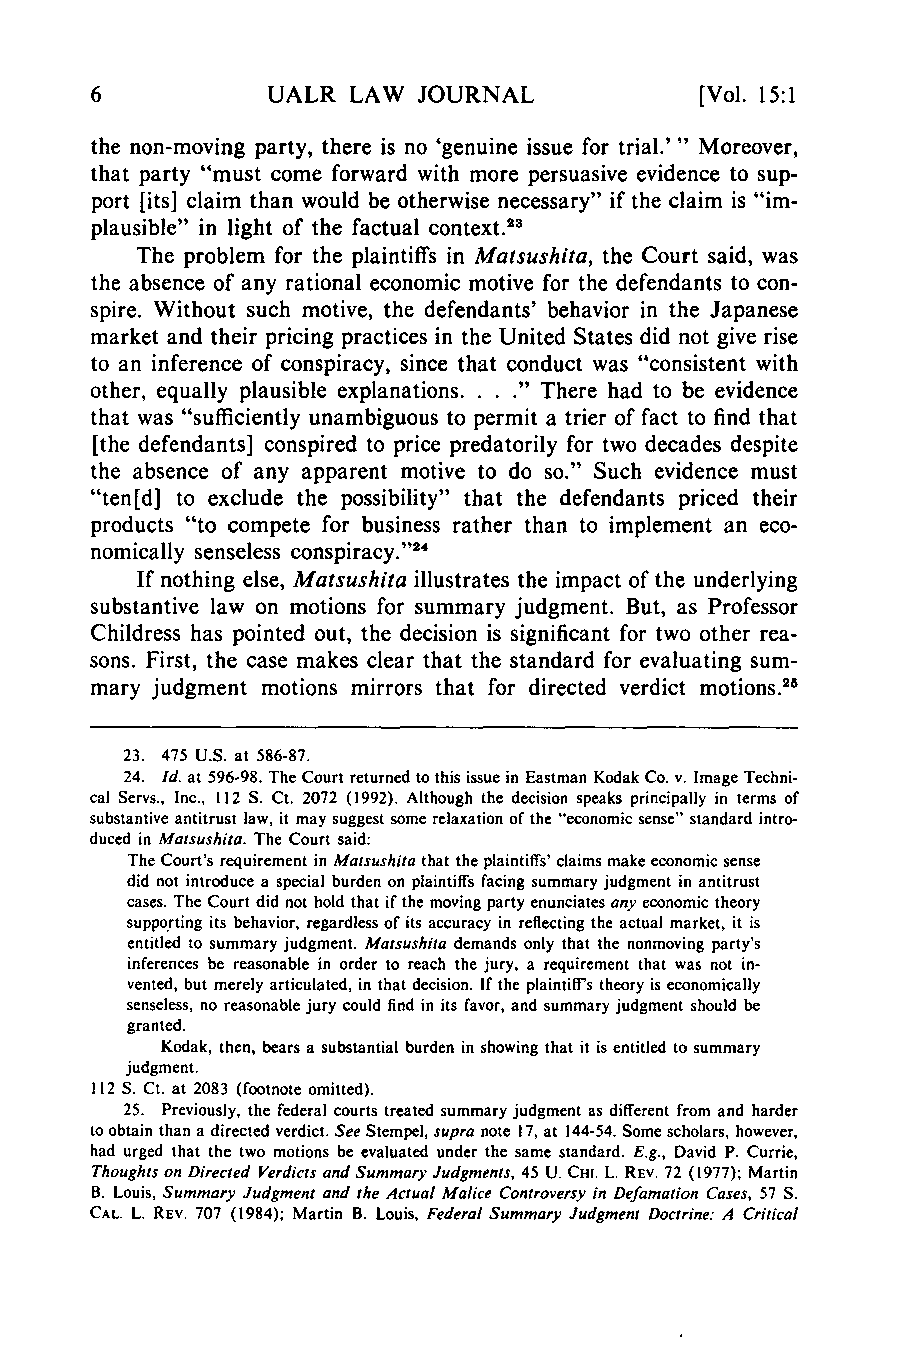
UALR LAW  JOURNAL           [Vol. 15:1
 the non-moving party, there is no 'genuine issue for trial.' " Moreover,
 that party "must come forward with more persuasive evidence to sup-
 port [its] claim than would be otherwise necessary" if the claim is "im-
 plausible" in light of the factual context.23
 The problem for the plaintiffs in Matsushita, the Court said, was
 the absence of any rational economic motive for the defendants to con-
 spire. Without such motive, the defendants' behavior in the Japanese
 market and their pricing practices in the United States did not give rise
 to an inference of conspiracy, since that conduct was "consistent with
 other, equally plausible explanations. . . ." There had to be evidence
 that was "sufficiently unambiguous to permit a trier of fact to find that
 [the defendants] conspired to price predatorily for two decades despite
 the absence of any apparent motive to do so." Such evidence must
 "ten[d] to exclude the possibility" that the defendants priced their
 products "to compete for business rather than to implement an eco-
 nomically senseless conspiracy." 4
 If nothing else, Matsushita illustrates the impact of the underlying
 substantive law on motions for summary judgment. But, as Professor
 Childress has pointed out, the decision is significant for two other rea-
 sons. First, the case makes clear that the standard for evaluating sum-
 mary judgment motions mirrors that for directed verdict motions.28
 23. 475 U.S. at 586-87.
 24. Id. at 596-98. The Court returned to this issue in Eastman Kodak Co. v. image Techni-
 cal Servs., Inc., 112 S. Ct. 2072 (1992). Although the decision speaks principally in terms of
 substantive antitrust law, it may suggest some relaxation of the "economic sense" standard intro-
 duced in Matsushita. The Court said:
 The Court's requirement in Matsushita that the plaintiffs' claims make economic sense
 did not introduce a special burden on plaintiffs facing summary judgment in antitrust
 cases. The Court did not hold that if the moving party enunciates any economic theory
 supporting its behavior, regardless of its accuracy in reflecting the actual market, it is
 entitled to summary judgment. Matsushita demands only that the nonmoving party's
 inferences be reasonable in order to reach the jury, a requirement that was not in-
 vented, but merely articulated, in that decision. If the plaintiffis theory is economically
 senseless, no reasonable jury could find in its favor, and summary judgment should be
 granted.
 Kodak, then, bears a substantial burden in showing that it is entitled to summary
 judgment.
 112 S. Ct. at 2083 (footnote omitted).
 25. Previously, the federal courts treated summary judgment as different from and harder
 to obtain than a directed verdict. See Stempel, supra note 17, at 144-54. Some scholars, however,
 had urged that the two motions be evaluated under the same standard. E.g., David P. Currie,
 Thoughts on Directed Verdicts and Summary Judgments, 45 U. CHI. L. REv. 72 (1977); Martin
 B. Louis, Summary Judgment and the Actual Malice Controversy in Defamation Cases, 57 S.
 CAL. L. REv. 707 (1984); Martin B. Louis, Federal Summary Judgment Doctrine: A Critical